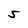
Character: 5